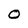
Character: O